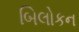
બિલોકન